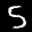
Label: 5